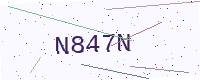
Text: N847N